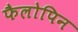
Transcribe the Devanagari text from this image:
फैलोपिन